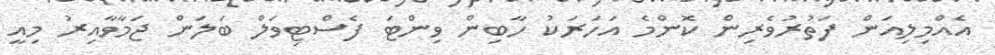
އެއްމިލިއަން ފަތުރުވެރިން ކޮންމެ އަހަރަކު ހާބިން ވިންޓަ ފެސްޓިވަލް ބަލަން ޖަމާވާއިރު މިއީ